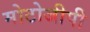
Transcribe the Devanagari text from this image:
मोटोजीपी